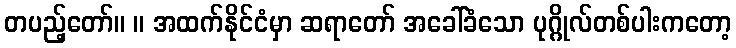
တပည့်တော်။ ။ အထက်နိုင်ငံမှာ ဆရာတော် အခေါ်ခံသော ပုဂ္ဂိုလ်တစ်ပါးကတော့